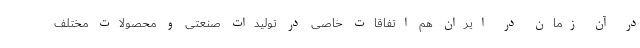
در آن زمان در ایران هم اتفاقات خاصی در تولیدات صنعتی و محصولات مختلف